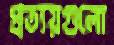
প্রত্যয়গুলো